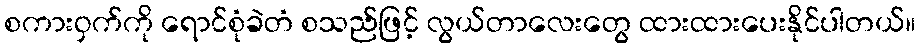
စကားဝှက်ကို ရောင်စုံခဲတံ စသည်ဖြင့် လွယ်တာလေးတွေ ထားထားပေးနိုင်ပါတယ်။